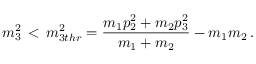
m _ { 3 } ^ { 2 } \, < \, m _ { 3 t h r } ^ { 2 } = \frac { m _ { 1 } p _ { 2 } ^ { 2 } + m _ { 2 } p _ { 3 } ^ { 2 } } { m _ { 1 } + m _ { 2 } } - m _ { 1 } m _ { 2 } \, .